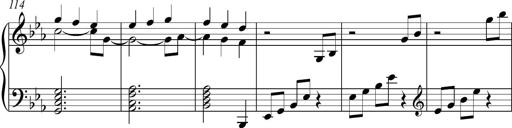
Title: Piano Sonatina in C
Composer: Daniel LÃ©o Simpson
Key: C major